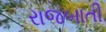
રાજબાતી